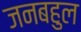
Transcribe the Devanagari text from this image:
जनबहुल